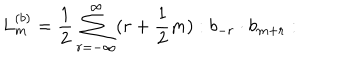
L _ { m } ^ { ( b ) } = \frac { 1 } { 2 } \sum _ { r = - \infty } ^ { \infty } ( r + \frac { 1 } { 2 } m ) : b _ { - r } \cdot b _ { m + r } :